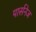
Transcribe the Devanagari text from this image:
पार्सनेज